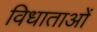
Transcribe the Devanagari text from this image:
विधाताओं